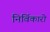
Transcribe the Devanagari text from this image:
निर्विकारो